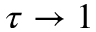
\tau \rightarrow 1